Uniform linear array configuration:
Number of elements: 4
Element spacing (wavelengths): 0.25
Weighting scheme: cosine
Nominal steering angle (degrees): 0
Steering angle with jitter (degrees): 0.6648
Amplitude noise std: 0.05
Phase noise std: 0.05

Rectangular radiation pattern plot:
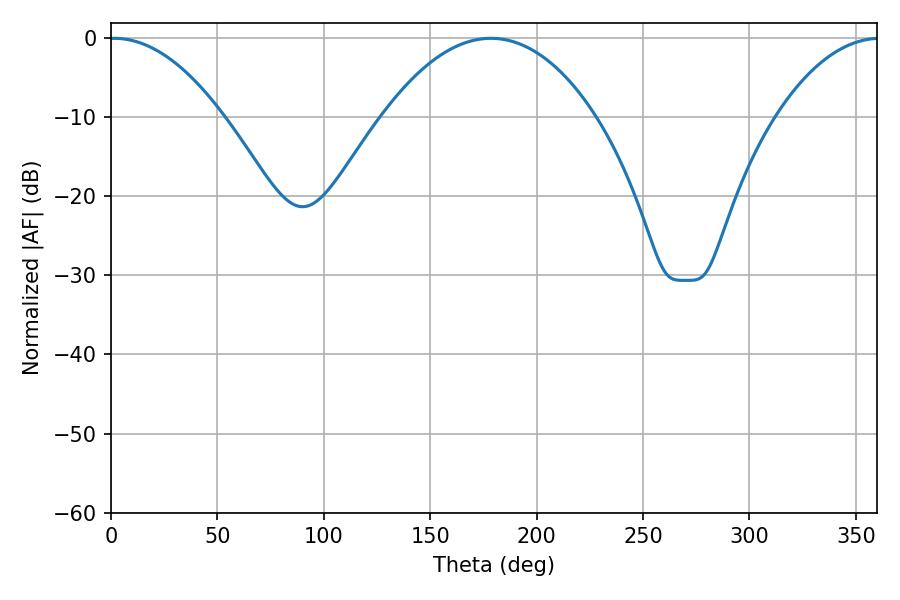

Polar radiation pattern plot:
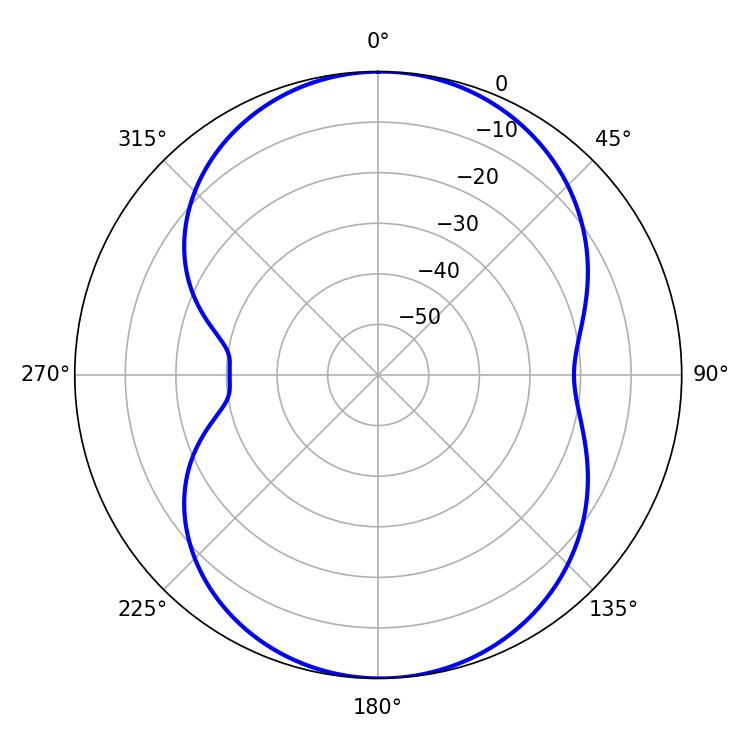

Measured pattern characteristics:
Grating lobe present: FALSE
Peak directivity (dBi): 14.025
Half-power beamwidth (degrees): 29.52
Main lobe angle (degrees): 1.44